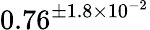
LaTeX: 0.76^{\pm 1.8\times 10^{-2}}